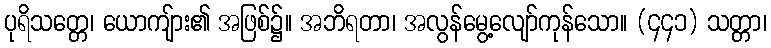
ပုရိသတ္တေ၊ ယောကျ်ား၏ အဖြစ်၌။ အဘိရတာ၊ အလွန်မွေ့လျော်ကုန်သော။ (၄၄၁) သတ္တာ၊